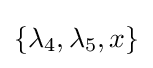
\{\lambda _{4},\lambda _{5},x\}